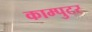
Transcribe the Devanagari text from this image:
काम्पुटर